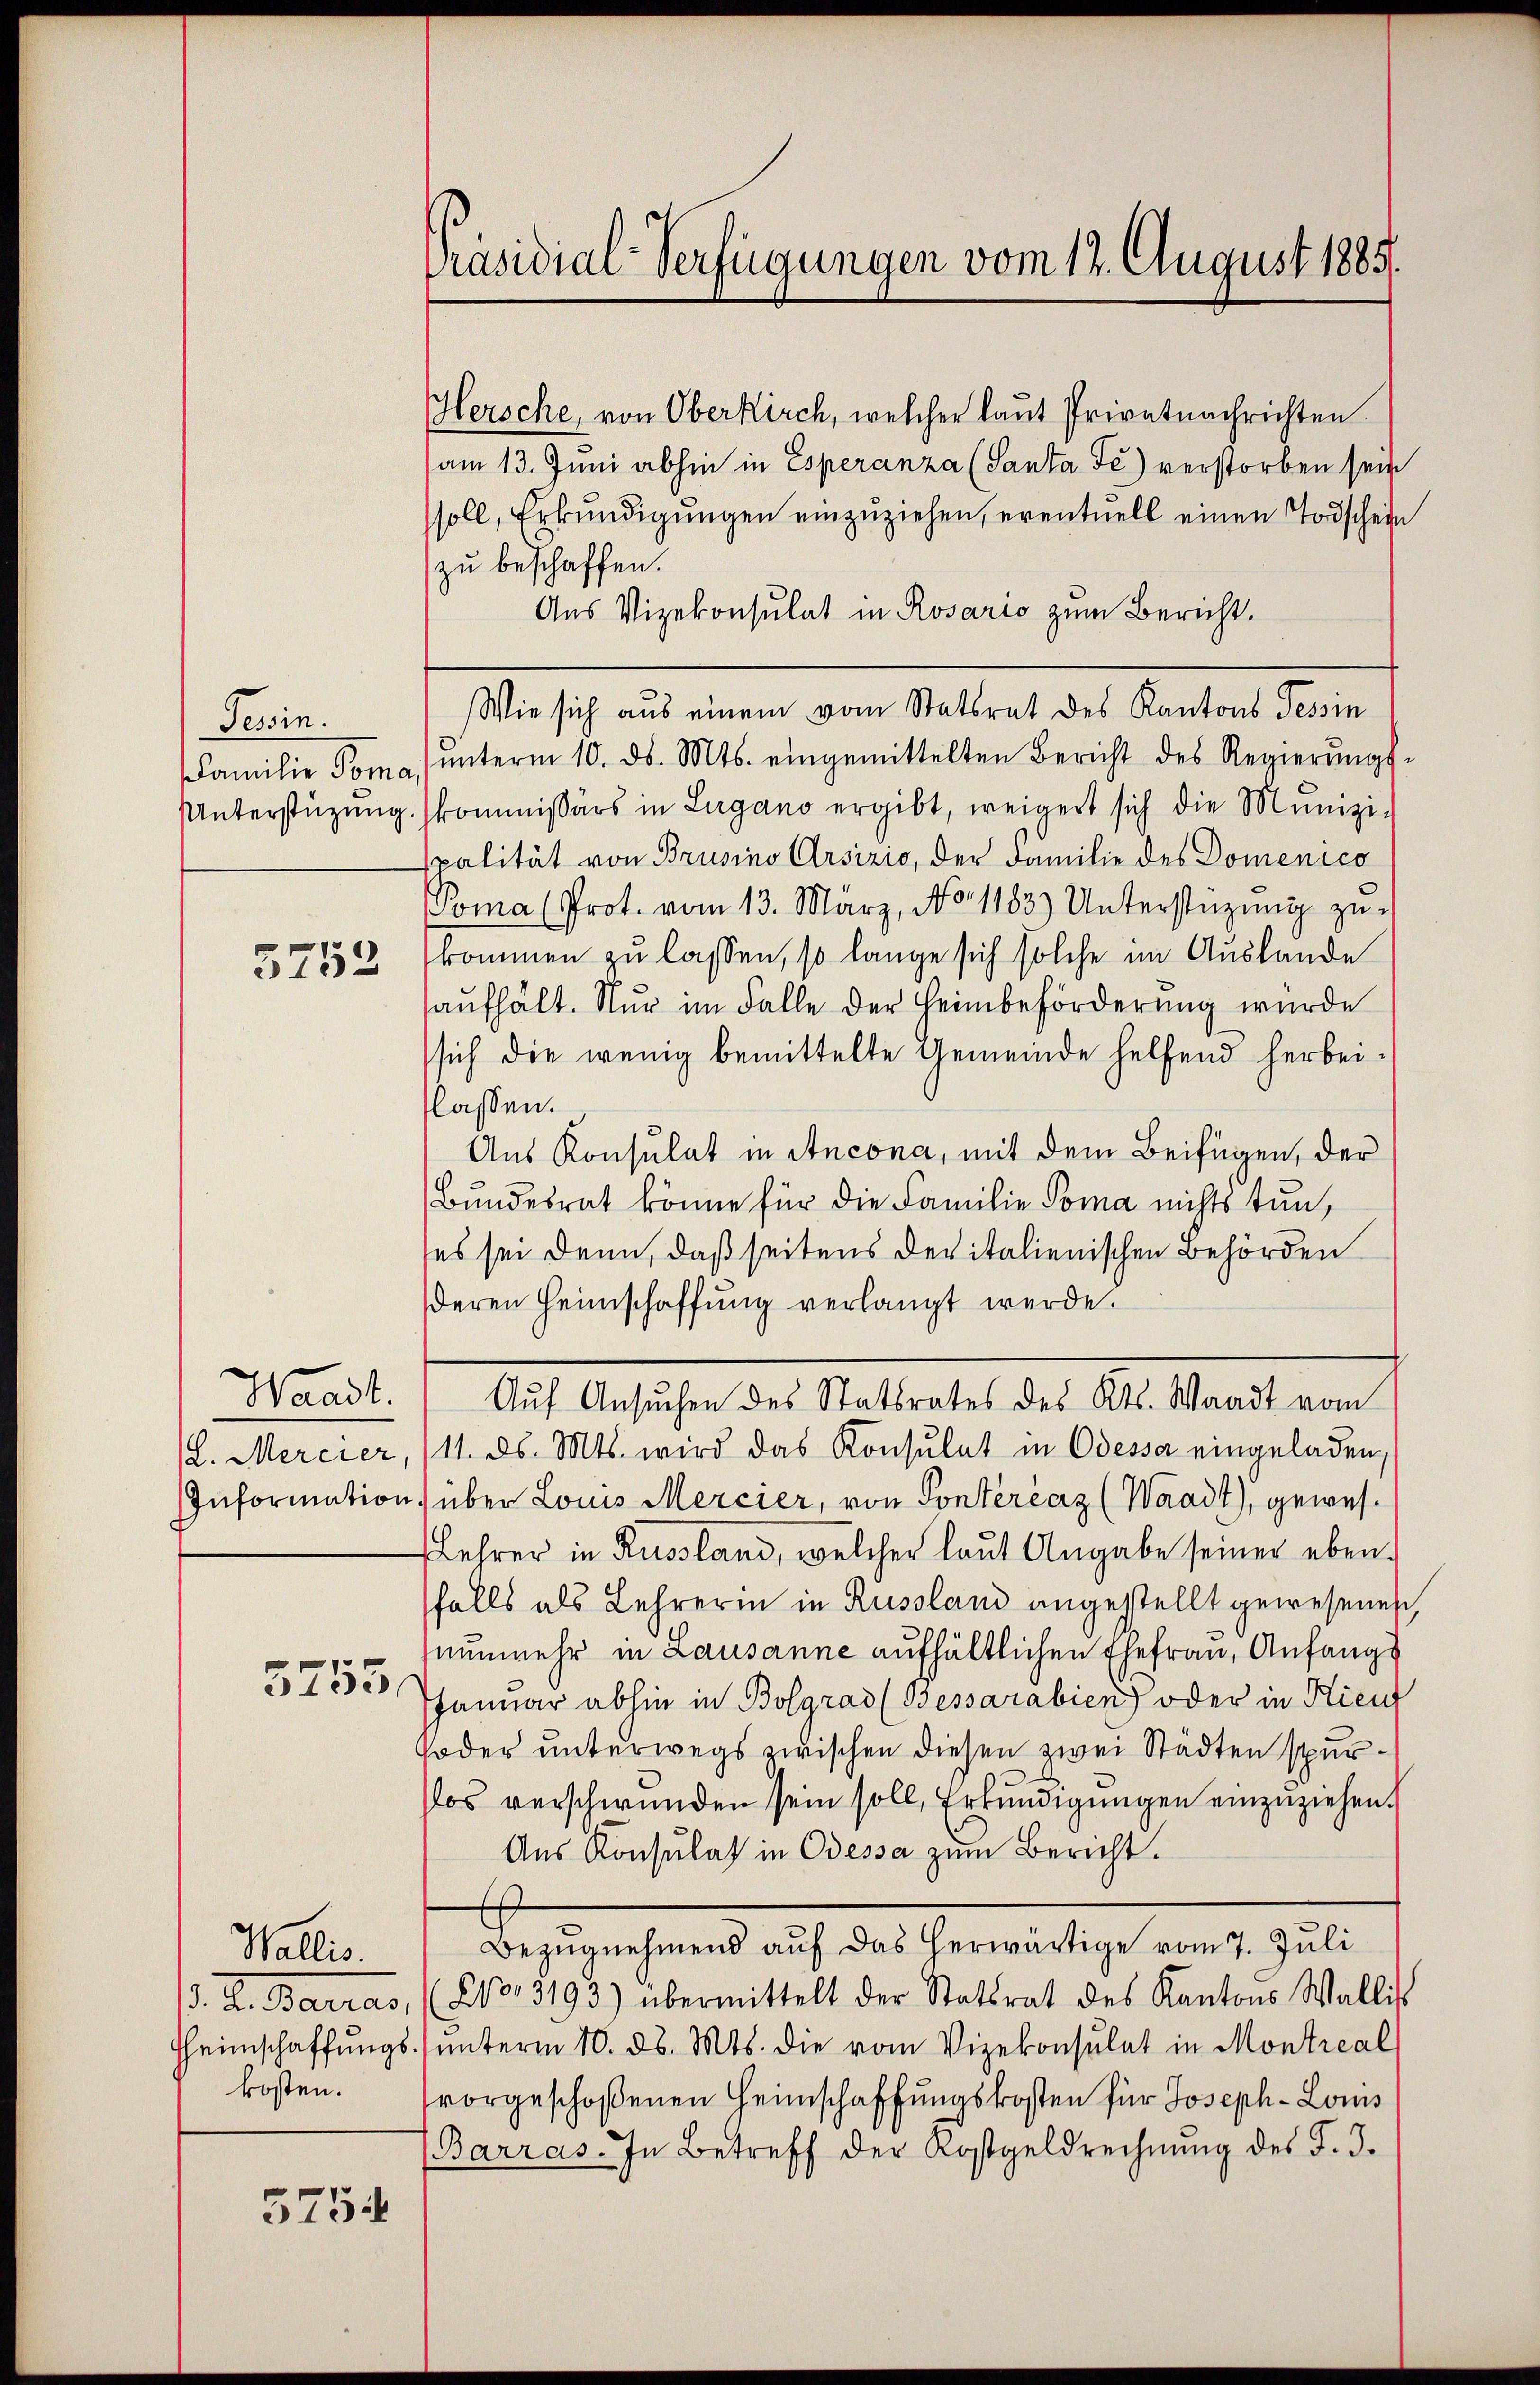
Tessin.

3752

5755

Wallis.
kosten.

5754

Hersche, von Oberkirch, welcher laut Privatnachrichten
am 13. Juni abhin in Esperanza (Santa Fe) verstorben sein
soll, Erkundigungen einzuziehen, eventuell einen Todschein
zu beschaffen.
Aus Vizekonsulat in Rosario zum Bericht.
Wie sich aus einem vom Statsrat des Kantons Tessin
Familie Poma ŭnterm 10. ds. Mts. eingemittelten Bericht des Regierŭngs-
Unterstüzung kommissärs in Lugano ergibt, weigert sich die Munizi-
palität von Brusino Arsizio, der Familie des Domenico
Poma (Prot. vom 13. März, No. 1183) Unterstüzung zukommen zu lassen, so lange sich solche im Auslande
aufhält. Nur im Falle der Heimbeförderung wurde
sich die wenig bemittelte Gemeinde helfend herbeiflassen.
Aus Konsulat in Ancona, mit dem Beifügen, der
Bundesrat könne für die Familie Poma nichts tun,
ses sei denn, daß seitens devitalienischen Behörden
deren Heimschaffung verlangt werde.
Waadt.  Auf Ansuchen des Statsrates des Kts. Waadt vom
(L. Mercier, (11. ds. Mts. wird das Konsulat in Odessa eingeladen,
Information über Louis Mercier, von Pontérčarz (Waadt), gewes¬
Lehrer in Russland, welcher laut Angabe seiner ebenfalls als Lehrerin in Russland angestellt gewesenen
nunmehr in Lausanne aufhältlichen Ehefrau, Anfangs
s
Januar abhin in Bolgrad (Bessarabien) oder in Kient
oder unterwegs zwischen diesen zwei Städten spurlos verschwunden sein soll, Erkundigungen einzuziehen.
Aus Konsulat in Odessa zum Bericht.
Bezŭgnehmend auf das herwärtige vom 7. Juli
d. R. Barras, (No. 3193) übermittelt der Statsrat des Kantons Wallis
Hheimschaffŭngsŭnterm 10. ds. Mts. die vom Vizekonsulat in Montreal
vorgeschoßenen Heimschaffungskosten für Joseph- Louis
Barras. In Betreff der Kostgeldrechnŭng des F. J.

Präsidial-Verfügungen vom 12. August 1885.